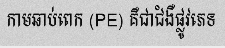
កាមឆាប់ពេក (PE) គឺជាជំងឺផ្លូវភេទ